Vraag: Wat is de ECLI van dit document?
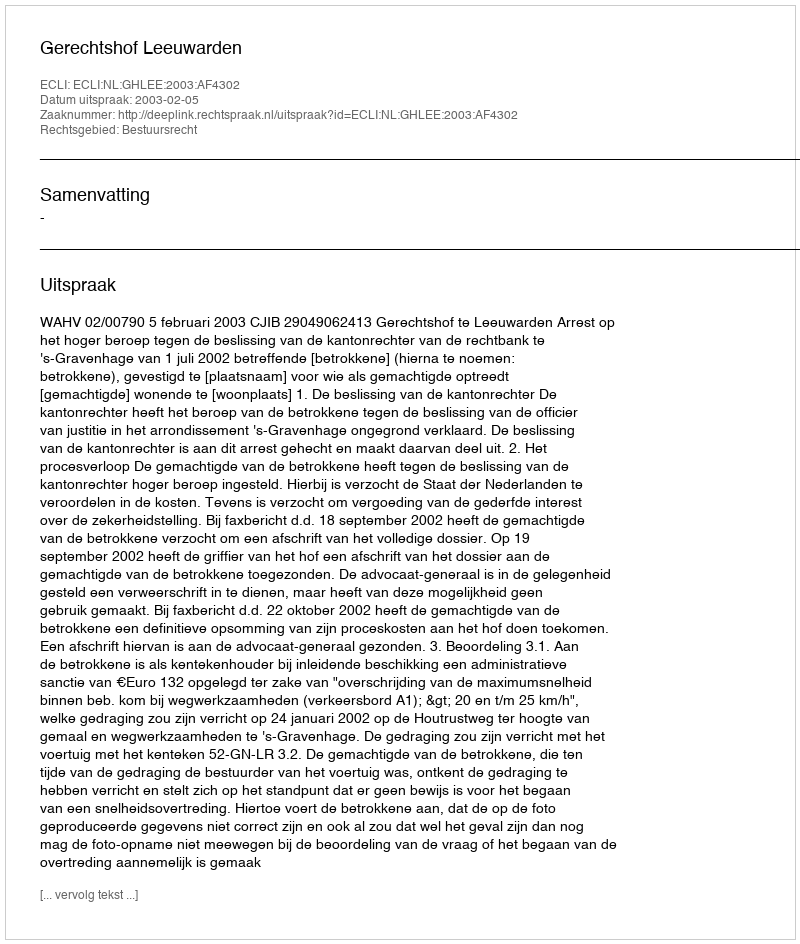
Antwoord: ECLI:NL:GHLEE:2003:AF4302